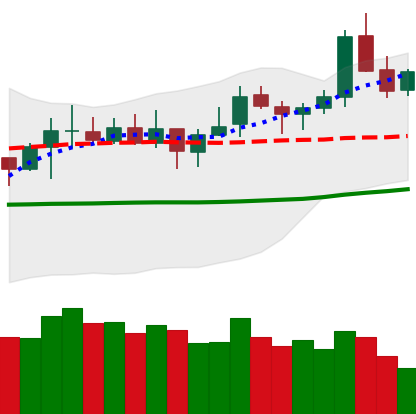
Ticker: LTC-USD
Chart end date: 2021-10-23
Forward return: -3.226%
Label: down_3_5